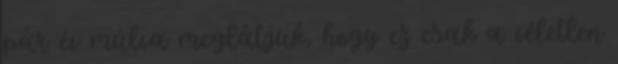
pár év múlva meglátjuk, hogy ez csak a véletlen